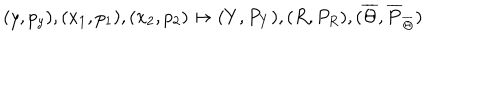
LaTeX: ( y , p _ { y } ) , ( x _ { 1 } , p _ { 1 } ) , ( x _ { 2 } , p _ { 2 } ) \mapsto ( Y , P _ { Y } ) , ( R , P _ { R } ) , ( \overline { { { \Theta } } } , \overline { { { P } } } _ { \overline { { { \Theta } } } } )